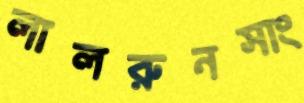
লালরুনসাং